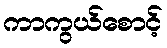
ကာကွယ်စောင့်